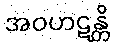
အဝဟဋန္တိ